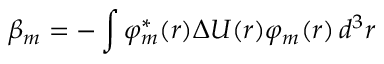
\beta _ { m } = - \int \varphi _ { m } ^ { * } ( { \boldsymbol { r } } ) \Delta U ( { \boldsymbol { r } } ) \varphi _ { m } ( { \boldsymbol { r } } ) \, d ^ { 3 } r